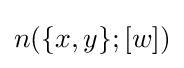
n(\{x,y\};[w])